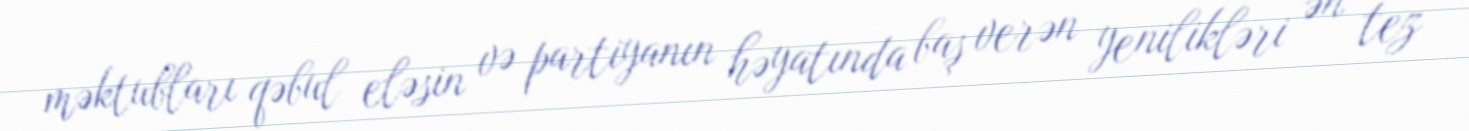
məktubları qəbul eləsin və partiyanın həyatında baş verən yenilikləri ən tez